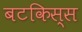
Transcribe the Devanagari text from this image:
बटकिस्स